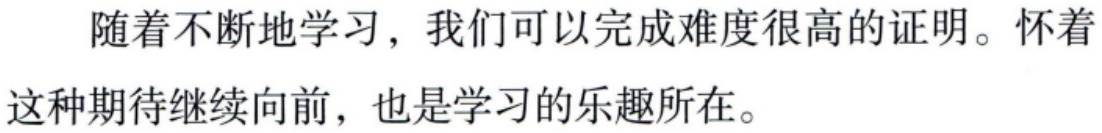
随着不断地学习，我们可以完成难度很高的证明。怀着这种期待继续向前，也是学习的乐趣所在。